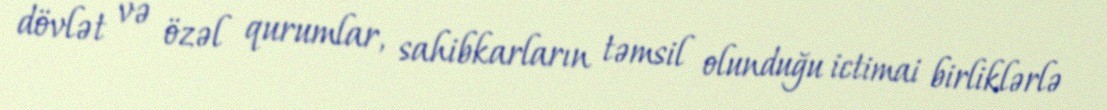
dövlət və özəl qurumlar, sahibkarların təmsil olunduğu ictimai birliklərlə